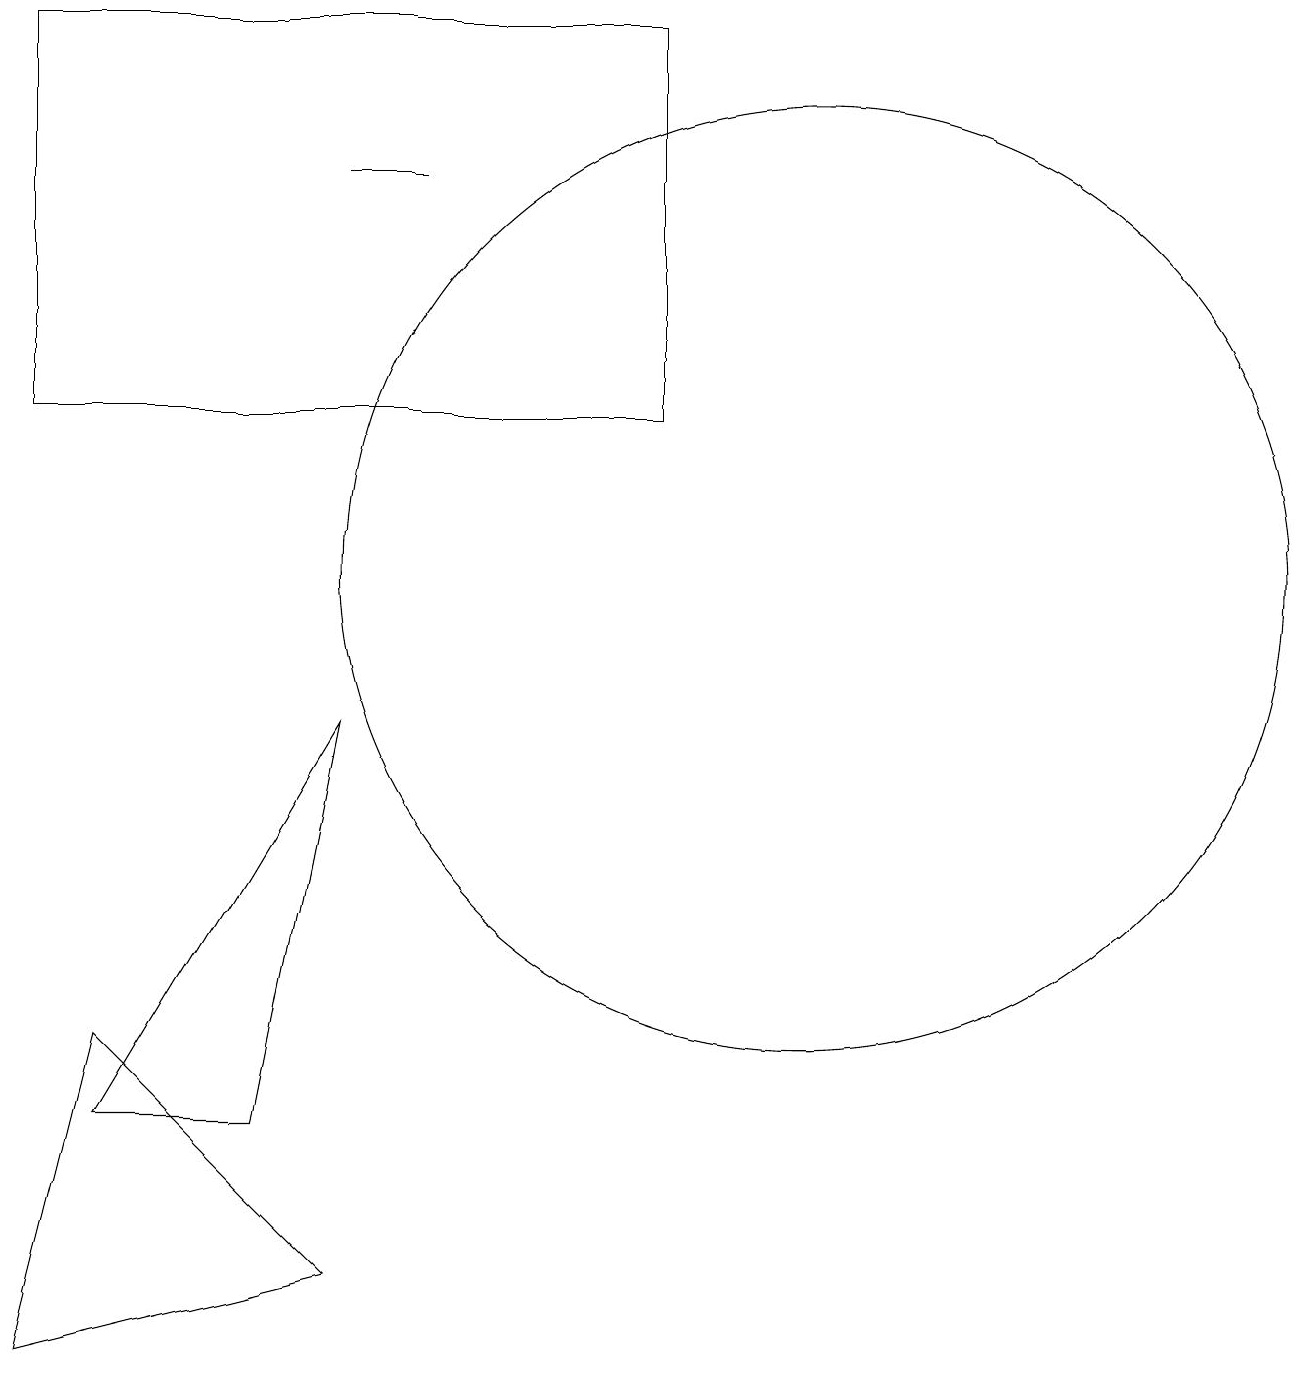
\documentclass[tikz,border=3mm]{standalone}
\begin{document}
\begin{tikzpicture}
\draw (10,10) circle (0);
\draw (5,16) rectangle (4,16);
\draw (0,1) -- (1,5) -- (4,2) -- cycle;
\draw (8,18) rectangle (0,13);
\draw (10,11) circle (6);
\draw (4,9) -- (3,4) -- (1,4) -- cycle;
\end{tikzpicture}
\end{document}